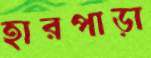
হারপাড়া